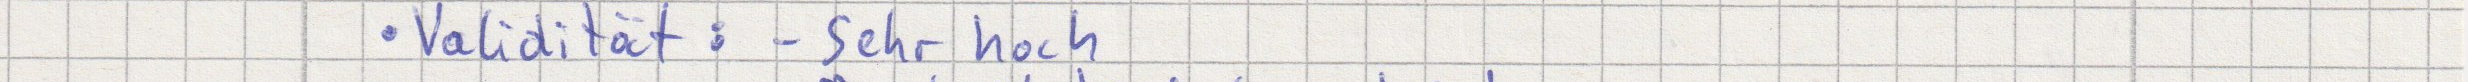
Validität: - sehr hoch